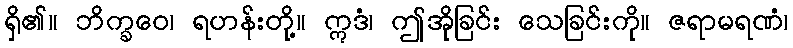
ရှိ၏။ ဘိက္ခဝေ၊ ရဟန်းတို့။ ဣဒံ၊ ဤအိုခြင်း သေခြင်းကို။ ဇရာမရဏံ၊